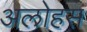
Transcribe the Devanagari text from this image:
अलोहस